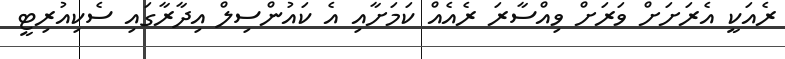
ރެއަކީ އެރަށަށް ވަރަށް ވިއްސާރަ ރެއެއް ކަމަށާއި އެ ކައުންސިލް އިދާރާގައި ސެކިއުރިޓީ